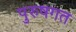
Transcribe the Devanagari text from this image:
पुरुषगत